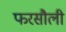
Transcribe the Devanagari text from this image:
फरसौली